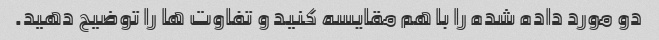
دو مورد داده شده را با هم مقایسه کنید و تفاوت ها را توضیح دهید.